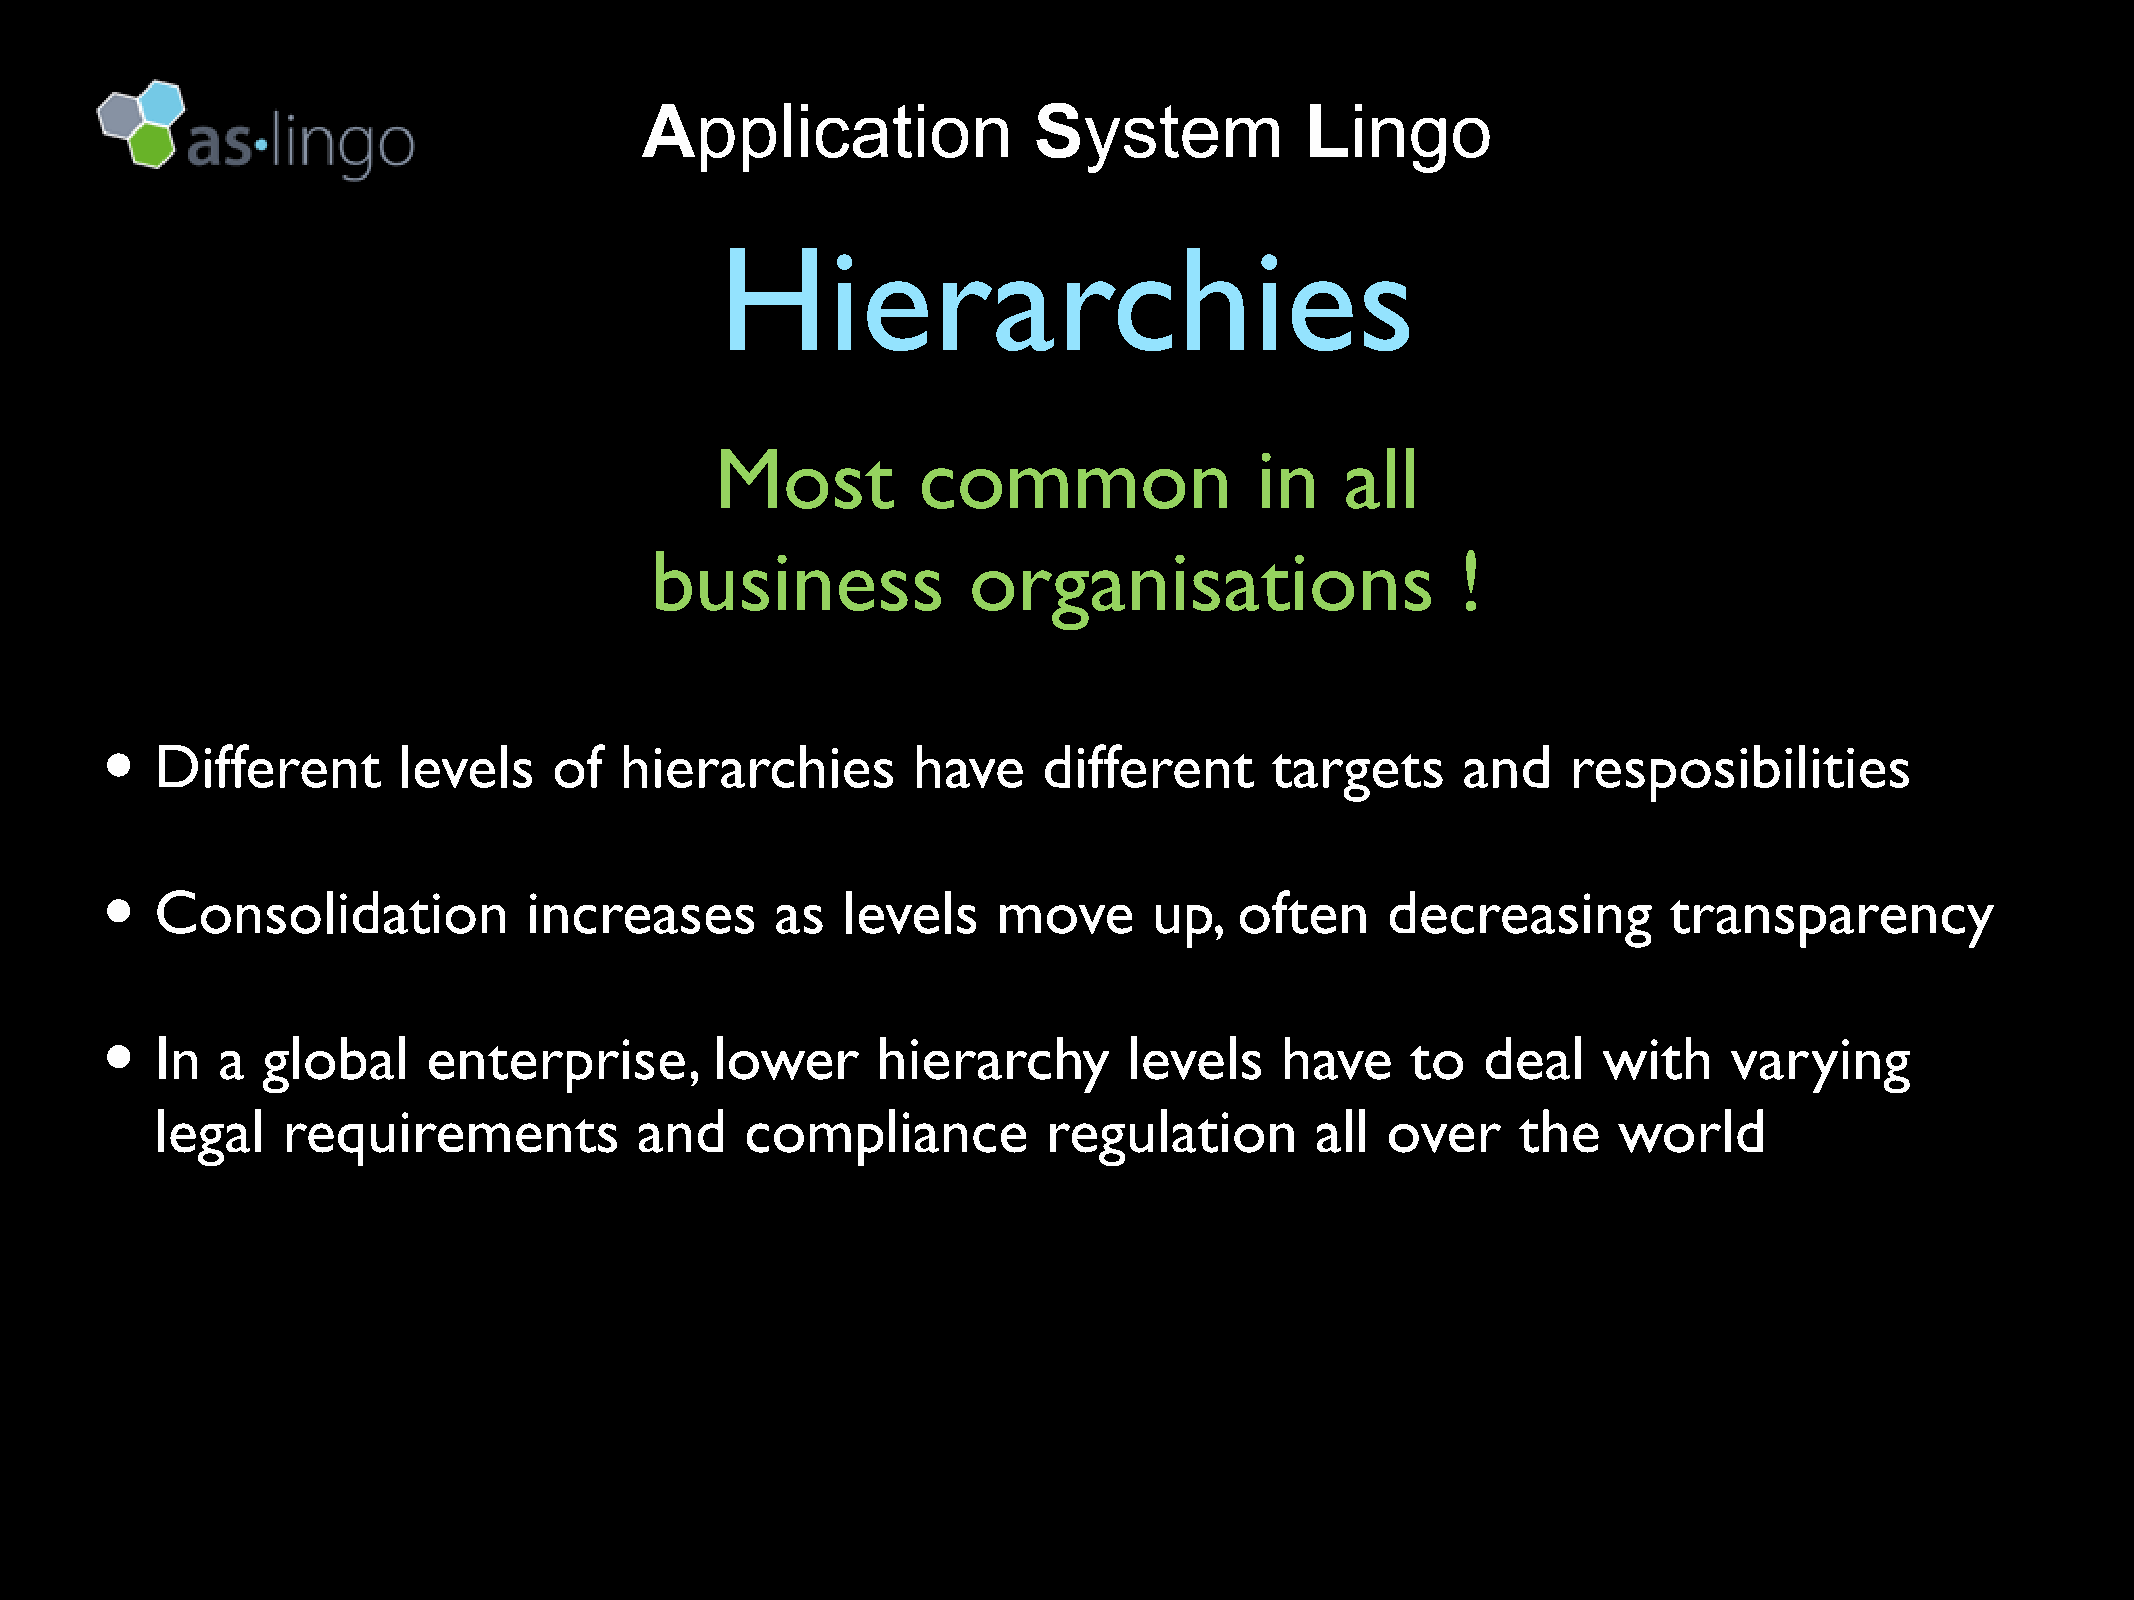
Application               System            Lingo
 Hierarchies
 Most          common                in    all
 business             organisations                    !
 •
 Different       levels     of  hierarchies        have     different      targets      and    resposibilities
 •
 Consolidation            increases       as   levels    move      up,   often     decreasing        transparency
 •
 In  a  global     enterprise,        lower      hierarchy        levels    have    to   deal    with     varying
 legal    requirements           and    compliance          regulation        all  over     the   world